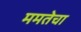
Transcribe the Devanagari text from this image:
ममतेचा